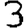
Digit: 3